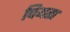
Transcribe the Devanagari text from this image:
पियता